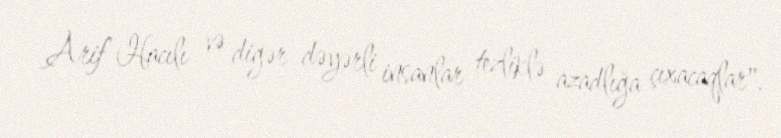
Arif Hacılı və digər dəyərli insanlar tezliklə azadlığa çıxacaqlar".